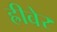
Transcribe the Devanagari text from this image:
ह्रीवेर